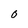
Character: O